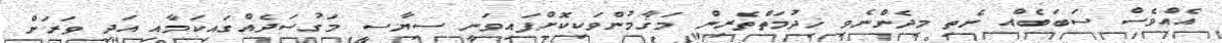
އެއްވެސް ސަބަބެއް ނެތި މިދެންނެވި ޚިދުމަތްތެރިން މަޤާމުންވަކިކޮށްފައިވަނީ ސިޔާސީ މަގުސަދެއްގައިކަމާއި އަދި ވަރަށް